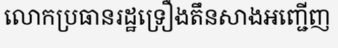
លោកប្រធានរដ្ឋទ្រឿងតឹនសាងអញ្ជើញ